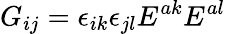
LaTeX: G_{ij}=\epsilon_{ik}\epsilon_{jl}E^{ak}E^{al}